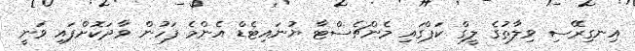
އިނގިރޭސި ވިލާތުގެ ލީގް ކަޕްގައި މެންޗެސްޓާ ޔުނައިޓެޑް އެންމެ ފަހުން ވާދަކޮށްފައި ވަނީ